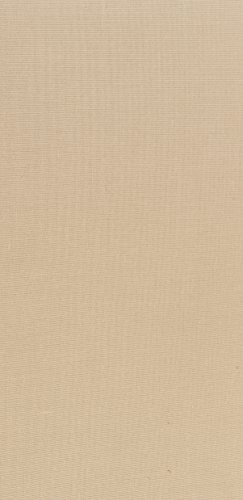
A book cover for A History of American Magazines, Volume III: 1865-1885; Frank Luther Mott; Crafts, Hobbies & Home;